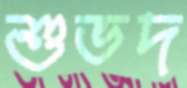
শুভদ